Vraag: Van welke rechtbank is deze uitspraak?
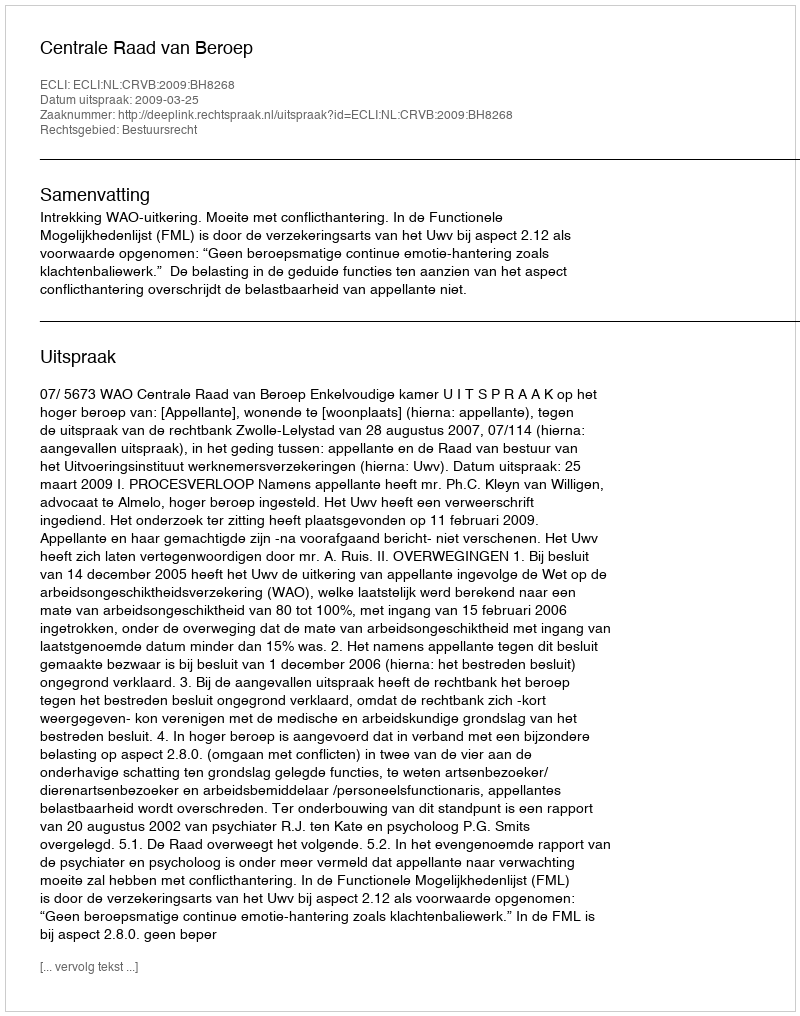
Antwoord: Centrale Raad van Beroep